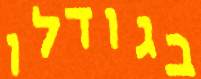
בגודלו